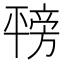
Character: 𪪇